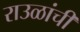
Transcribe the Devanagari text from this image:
राउळांची